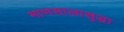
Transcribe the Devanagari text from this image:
माणसालासुद्धा